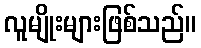
လူမျိုးများဖြစ်သည်။